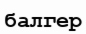
балгер